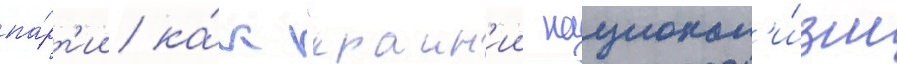
па́рт'ии ка́к "краин'ии национал'и́зм